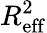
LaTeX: R_{\mathrm{eff}}^{2}